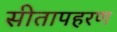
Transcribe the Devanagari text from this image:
सीतापहरण